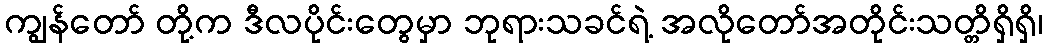
ကျွန်တော် တို့က ဒီလပိုင်းတွေမှာ ဘုရားသခင်ရဲ့ အလိုတော်အတိုင်းသတ္တိရှိရှိ၊